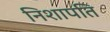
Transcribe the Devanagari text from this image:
निशापति